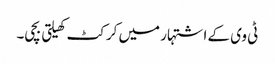
ٹی وی کے اشتہار میں کرکٹ کھیلتی بچی۔